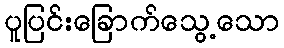
ပူပြင်းခြောက်သွေ့သော